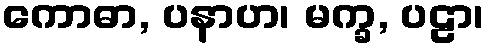
ကောဓာ, ပနာဟ၊ မက္ခ, ပဠာ၊